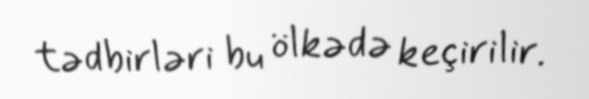
tədbirləri bu ölkədə keçirilir.